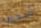
أسمها